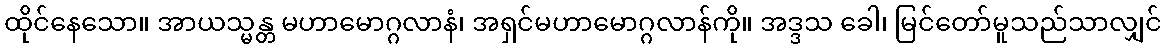
ထိုင်နေသော။ အာယသ္မန္တ မဟာမောဂ္ဂလာနံ၊ အရှင်မဟာမောဂ္ဂလာန်ကို။ အဒ္ဒသ ခေါ၊ မြင်တော်မူသည်သာလျှင်